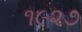
૧૯૨૭